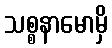
သစ္စနာမောမှိ